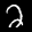
Label: 2